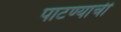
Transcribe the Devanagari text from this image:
पाटण्याची